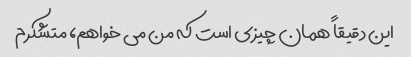
این دقیقاً همان چیزی است که من می خواهم، متشکرم